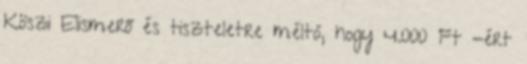
Köszi Elismerő és tiszteletre méltó, hogy 4.000 Ft -ért